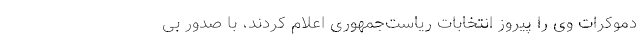
دموکرات وی را پیروز انتخابات ریاست‌جمهوری اعلام کردند، با صدور بی